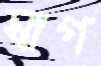
স্বাগ